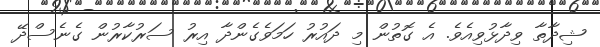
ޝިދާތާ ވިދާޅުވިއެވެ. އެ ގޮތުން މި ދައުރު ހަމަވެގެންދާ އިރު ސަރުކާރުން ގެނެސްދޭ